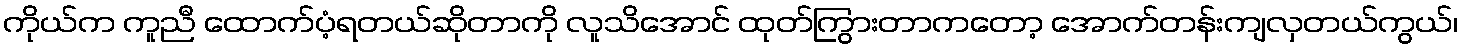
ကိုယ်က ကူညီ ထောက်ပံ့ရတယ်ဆိုတာကို လူသိအောင် ထုတ်ကြွားတာကတော့ အောက်တန်းကျလှတယ်ကွယ်၊